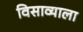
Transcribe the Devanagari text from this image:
विसाव्याला